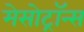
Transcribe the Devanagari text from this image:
मेसोट्रॉन्स